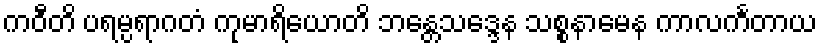
ကဝီတိ ပရမ္ပရာဂတံ ကုမာရိယောတိ ဘန္တေသဒ္ဒေန သစ္စနာမေန ကာလင်္ကတာယ